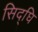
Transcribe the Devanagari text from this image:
सिद्घि